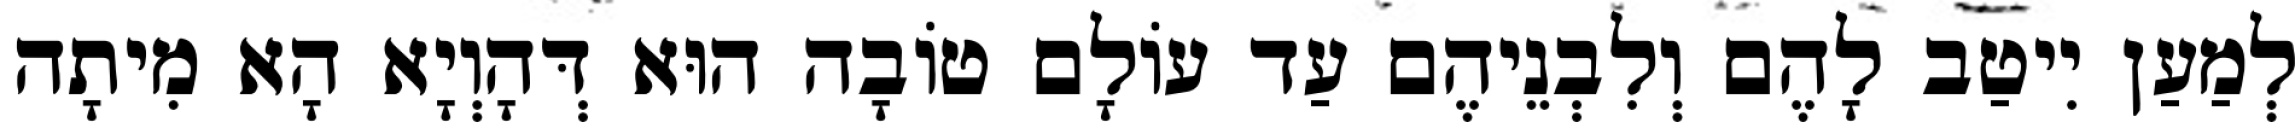
לְמַעַן יִיטַב לָהֶם וְלִבְנֵיהֶם עַד עוֹלָם טוֹבָה הוּא דְּהָוְיָא הָא מִיתָה